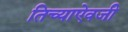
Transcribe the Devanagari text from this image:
तिच्याऐवजी